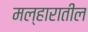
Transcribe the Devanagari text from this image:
मल्हारातील